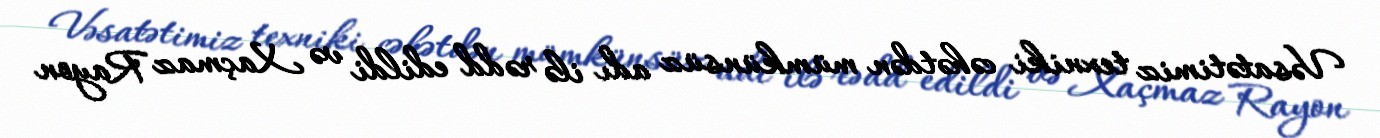
Vəsatətimiz texniki cəhətdən mümkünsüz adı ilə rədd edildi və Xaçmaz Rayon